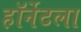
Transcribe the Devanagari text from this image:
हॉर्नेटला